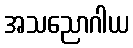
အသညောဂါယ